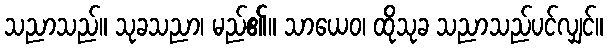
သညာသည်။ သုခသညာ၊ မည်၏။ သာယေဝ၊ ထိုသုခ သညာသည်ပင်လျှင်။